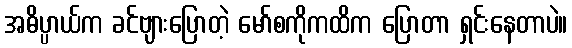
အဓိပ္ပာယ်က ခင်ဗျားပြောတဲ့ မော်စကိုကထိက ပြောတာ ရှင်းနေတာပဲ။